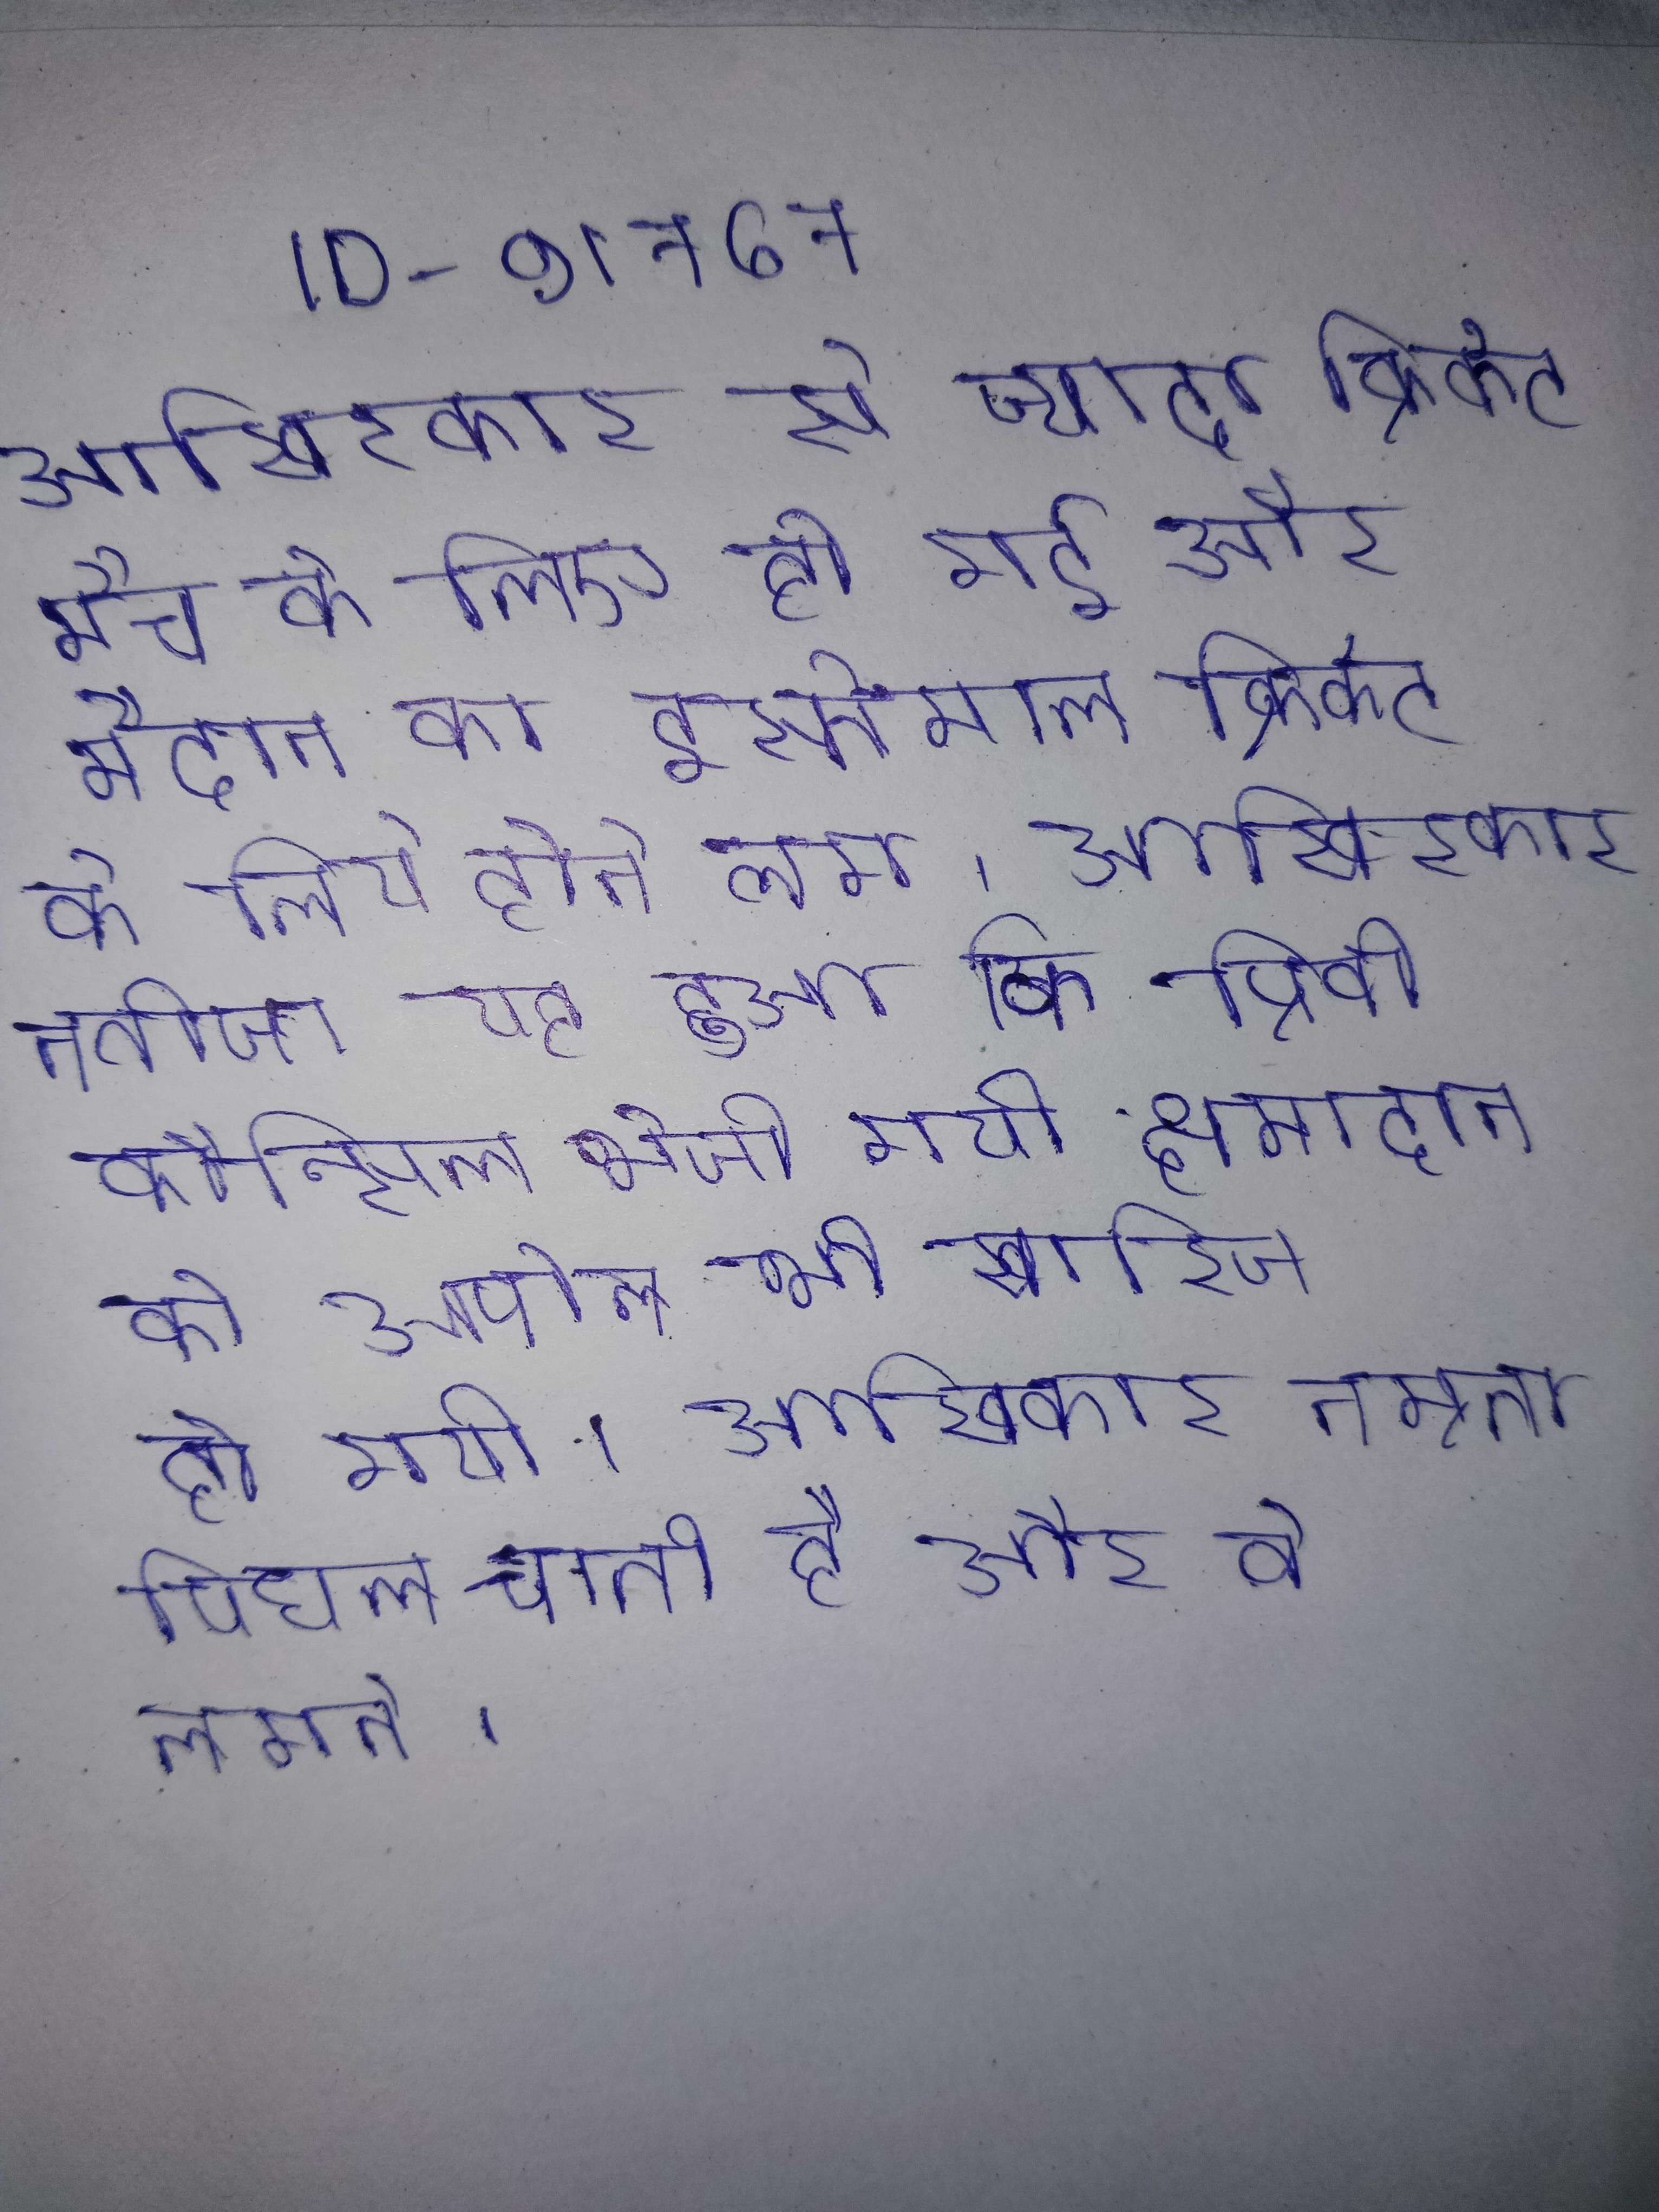
आखिरकार से ज्यादा क्रिकेट मैच के लिए हो गई और मैदान का इस्तेमाल क्रिकेट के लिये होने लगा । आखिरकार नतीजा यह हुआ कि प्रिवी कौन्सिल भेजी गयी क्षमादान की अपील भी खारिज हो गयी । आखिरकार नम्रता पिघल जाती है और वे लगते ।